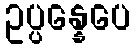
ဥပ္ပန္နေပေ